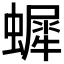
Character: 𧑷